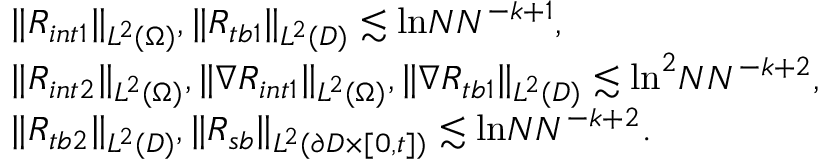
\begin{array} { r l } & { \| R _ { i n t 1 } \| _ { L ^ { 2 } ( \Omega ) } , \| R _ { t b 1 } \| _ { L ^ { 2 } ( D ) } \lesssim \mathrm { l n } N N ^ { - k + 1 } , } \\ & { \| R _ { i n t 2 } \| _ { L ^ { 2 } ( \Omega ) } , \| \nabla R _ { i n t 1 } \| _ { L ^ { 2 } ( \Omega ) } , \| \nabla R _ { t b 1 } \| _ { L ^ { 2 } ( D ) } \lesssim \mathrm { l n } ^ { 2 } N N ^ { - k + 2 } , } \\ & { \| R _ { t b 2 } \| _ { L ^ { 2 } ( D ) } , \| R _ { s b } \| _ { L ^ { 2 } ( \partial D \times [ 0 , t ] ) } \lesssim \mathrm { l n } N N ^ { - k + 2 } . } \end{array}